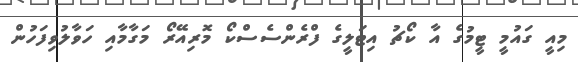
މިއީ ގައުމީ ޓީމުގެ އާ ކޯޗު އިޓަލީގެ ފްރެންސެސްކޯ މޮރިއޭރޯ މަގާމާއި ހަވާލުވިފަހުން